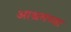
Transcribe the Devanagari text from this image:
आश्रमच्या